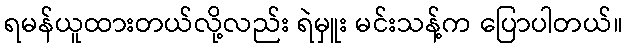
ရမန်ယူထားတယ်လို့လည်း ရဲမှူး မင်းသန့်က ပြောပါတယ်။